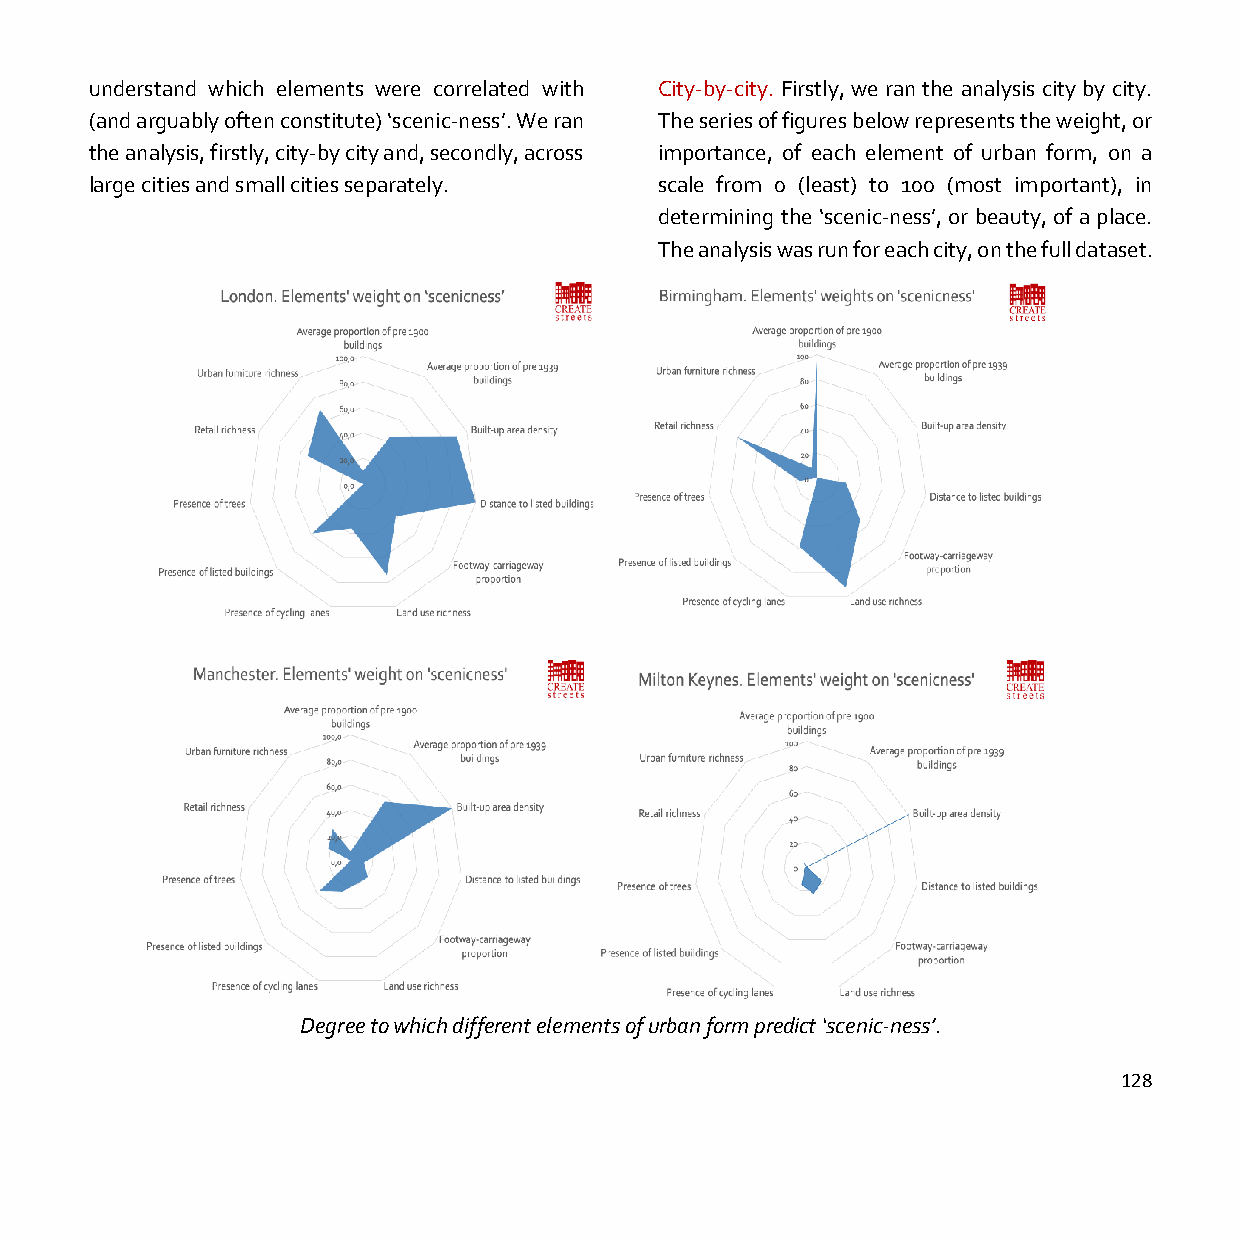
understand which elements were correlated with City-by-city. Firstly, we ran the analysis city by city.
 (and arguably often constitute) ‘scenic-ness’. We ran The series of figures below represents the weight, or
 the analysis, firstly, city-by city and, secondly, across importance, of each element of urban form, on a
 large cities and small cities separately. scale from 0 (least) to 100 (most important), in
 determining the ‘scenic-ness’, or beauty, of a place.
 The analysis was run for each city, on the full dataset.
 Degree to which different elements of urban form predict ‘scenic-ness’.
 128